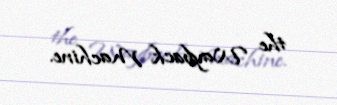
the Wayback Machine.